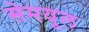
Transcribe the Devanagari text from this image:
सेमयूल